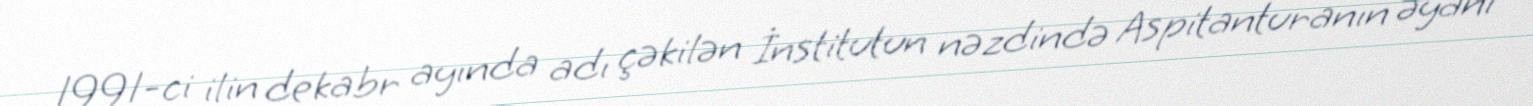
1991-ci ilin dekabr ayında adı çəkilən İnstitutun nəzdində Aspitanturanın əyani